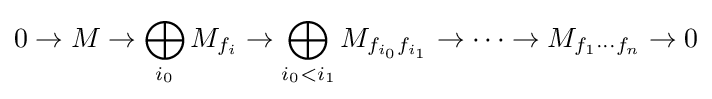
0\to M\to \bigoplus _{i_{0}}M_{f_{i}}\to \bigoplus _{i_{0}<i_{1}}M_{f_{i_{0}}f_{i_{1}}}\to \cdots \to M_{f_{1}\cdots f_{n}}\to 0